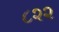
૮૨૨